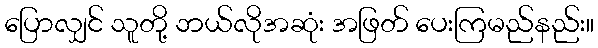
ပြောလျှင် သူတို့ ဘယ်လိုအဆုံး အဖြတ် ပေးကြမည်နည်း။